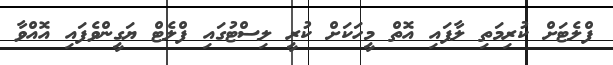
ފްލެޓަށް ކުރިމަތި ލާފައި އޮތް މީހަކަށް ކުރީ ލިސްޓުގައި ފްލެޓް ޔަގީންވެފައި އޮއްވާ